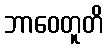
ဘာဝေတူတိ